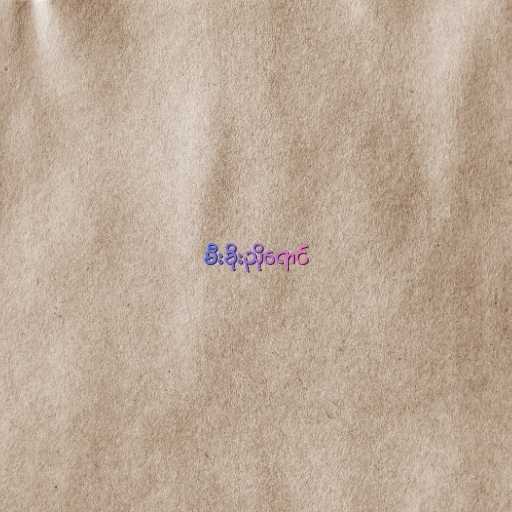
မီးခိုးညိုရောင်